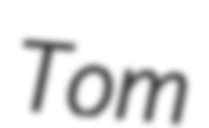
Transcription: Tom